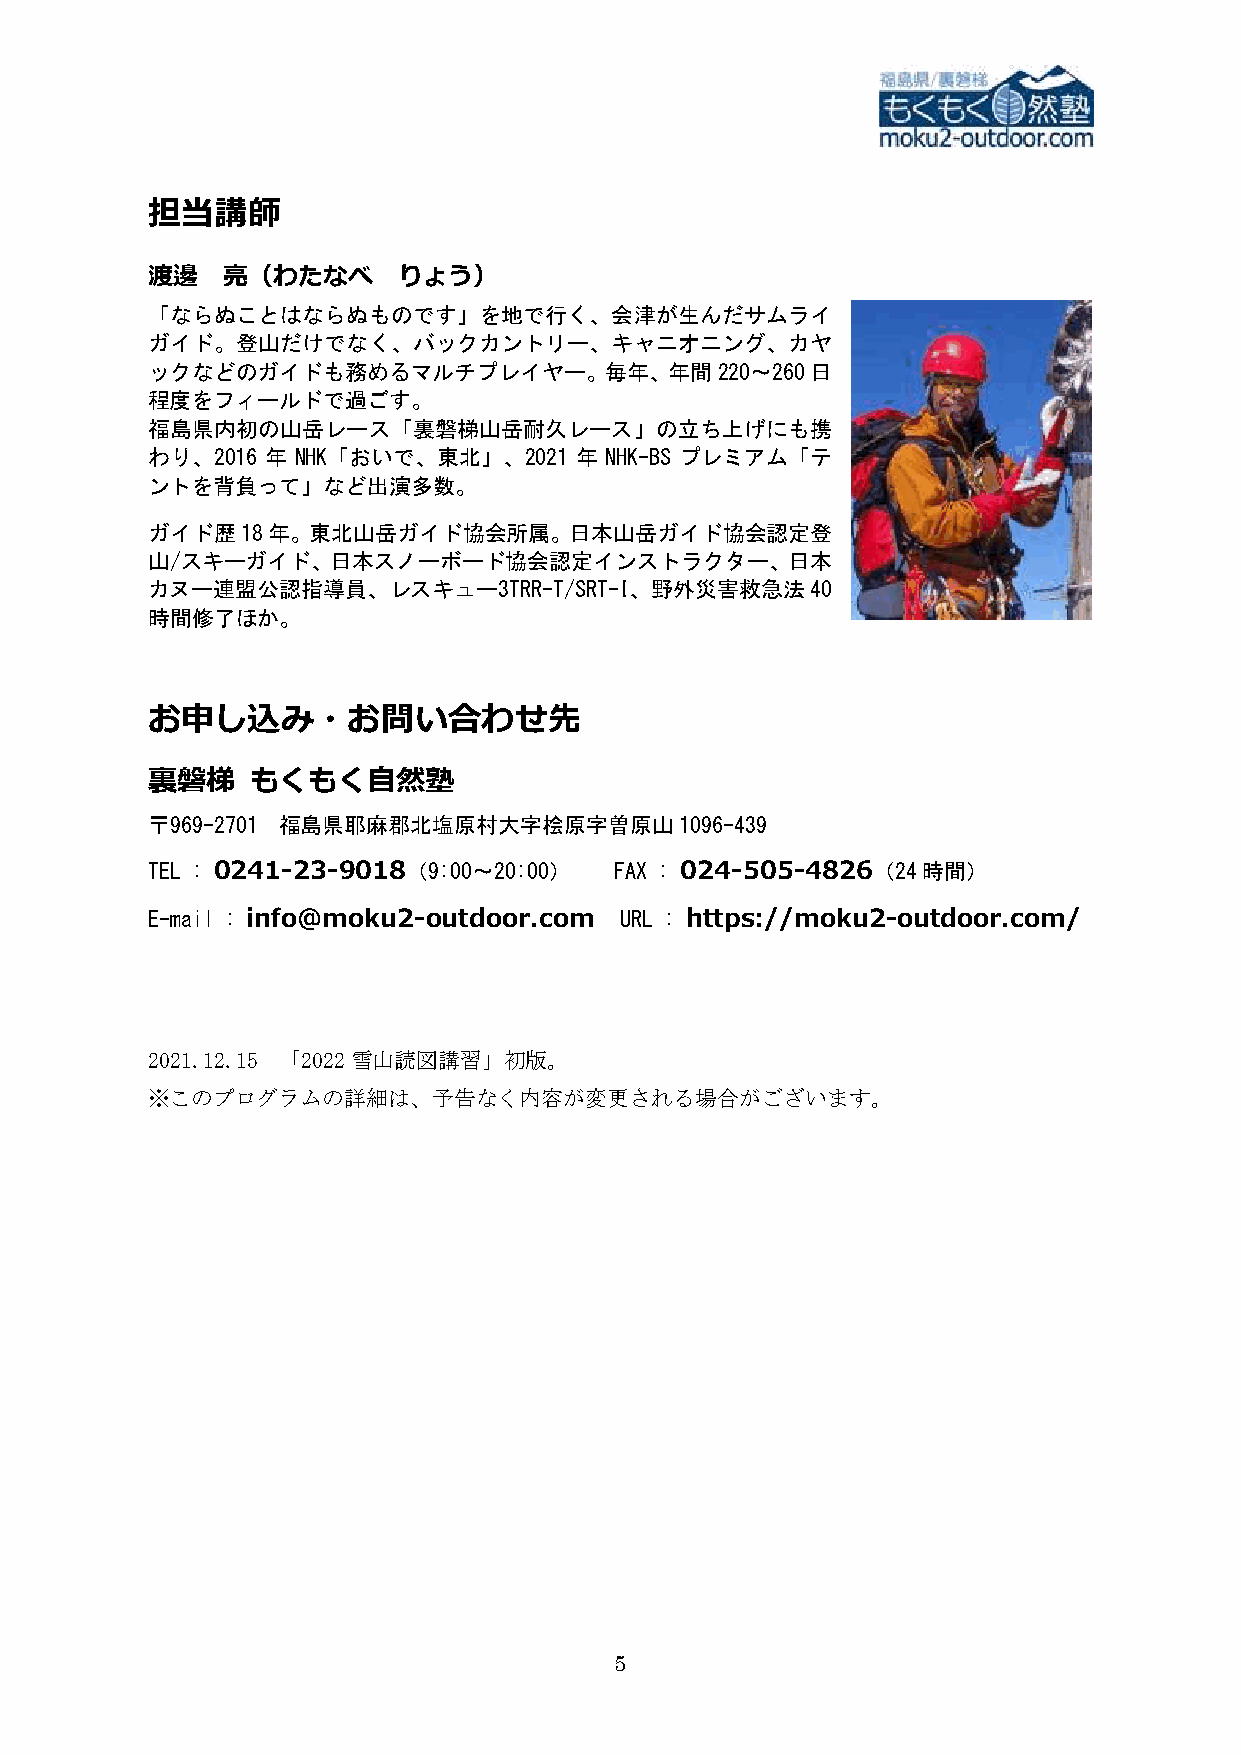
担当講師
 渡邊   亮（わたなべ     りょう）
 「ならぬことはならぬものです」を地で行く、会津が生んだサムライ
 ガイド。登山だけでなく、バックカントリー、キャニオニング、カヤ
 ックなどのガイドも務めるマルチプレイヤー。毎年、年間220～260日
 程度をフィールドで過ごす。
 福島県内初の山岳レース「裏磐梯山岳耐久レース」の立ち上げにも携
 わり、2016 年 NHK「おいで、東北」、2021  年 NHK-BS プレミアム「テ
 ントを背負って」など出演多数。
 ガイド歴18年。東北山岳ガイド協会所属。日本山岳ガイド協会認定登
 山/スキーガイド、日本スノーボード協会認定インストラクター、日本
 カヌー連盟公認指導員、レスキュー3TRR-T/SRT-I、野外災害救急法40
 時間修了ほか。
 お申し込み・お問い合わせ先
 裏磐梯    もくもく自然塾
 〒969-2701 福島県耶麻郡北塩原村大字桧原字曽原山1096-439
 TEL : 0241-23-9018（9:00～20:00） FAX : 024-505-4826（24時間）
 E-mail : info@moku2-outdoor.com URL : https://moku2-outdoor.com/
 2021.12.15 「2022雪山読図講習」初版。
 ※このプログラムの詳細は、予告なく内容が変更される場合がございます。
 5